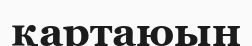
қартаюын